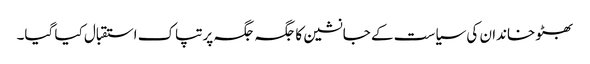
بھٹو خاندان کی سیاست کے جانشین کا جگہ جگہ پرتپاک استقبال کیا گیا۔